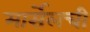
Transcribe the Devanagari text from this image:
मार्सेलची